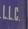
l.l.c